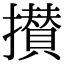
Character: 攅